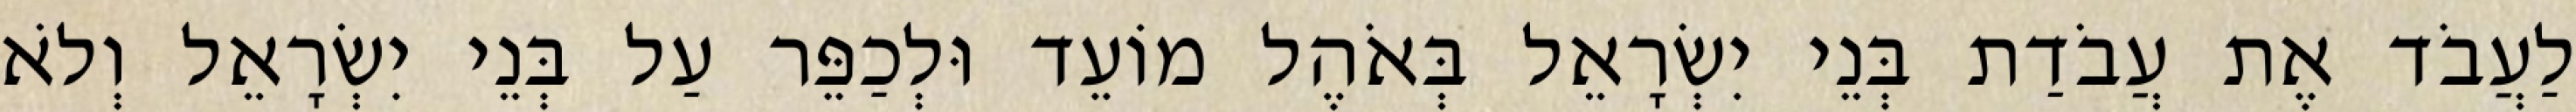
לַעֲבֹד אֶת עֲבֹדַת בְּנֵי יִשְׂרָאֵל בְּאֹהֶל מוֹעֵד וּלְכַפֵּר עַל בְּנֵי יִשְׂרָאֵל וְלֹא